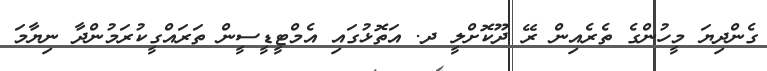
ގެންދިޔަ މީހުންގެ ތެރެއިން ރޭ ދޫކޮށްލީ ދ. އަތޮޅުގައި އެމްޓީޑީސީން ތަރައްގީކުރަމުންދާ ނިޔާމަ